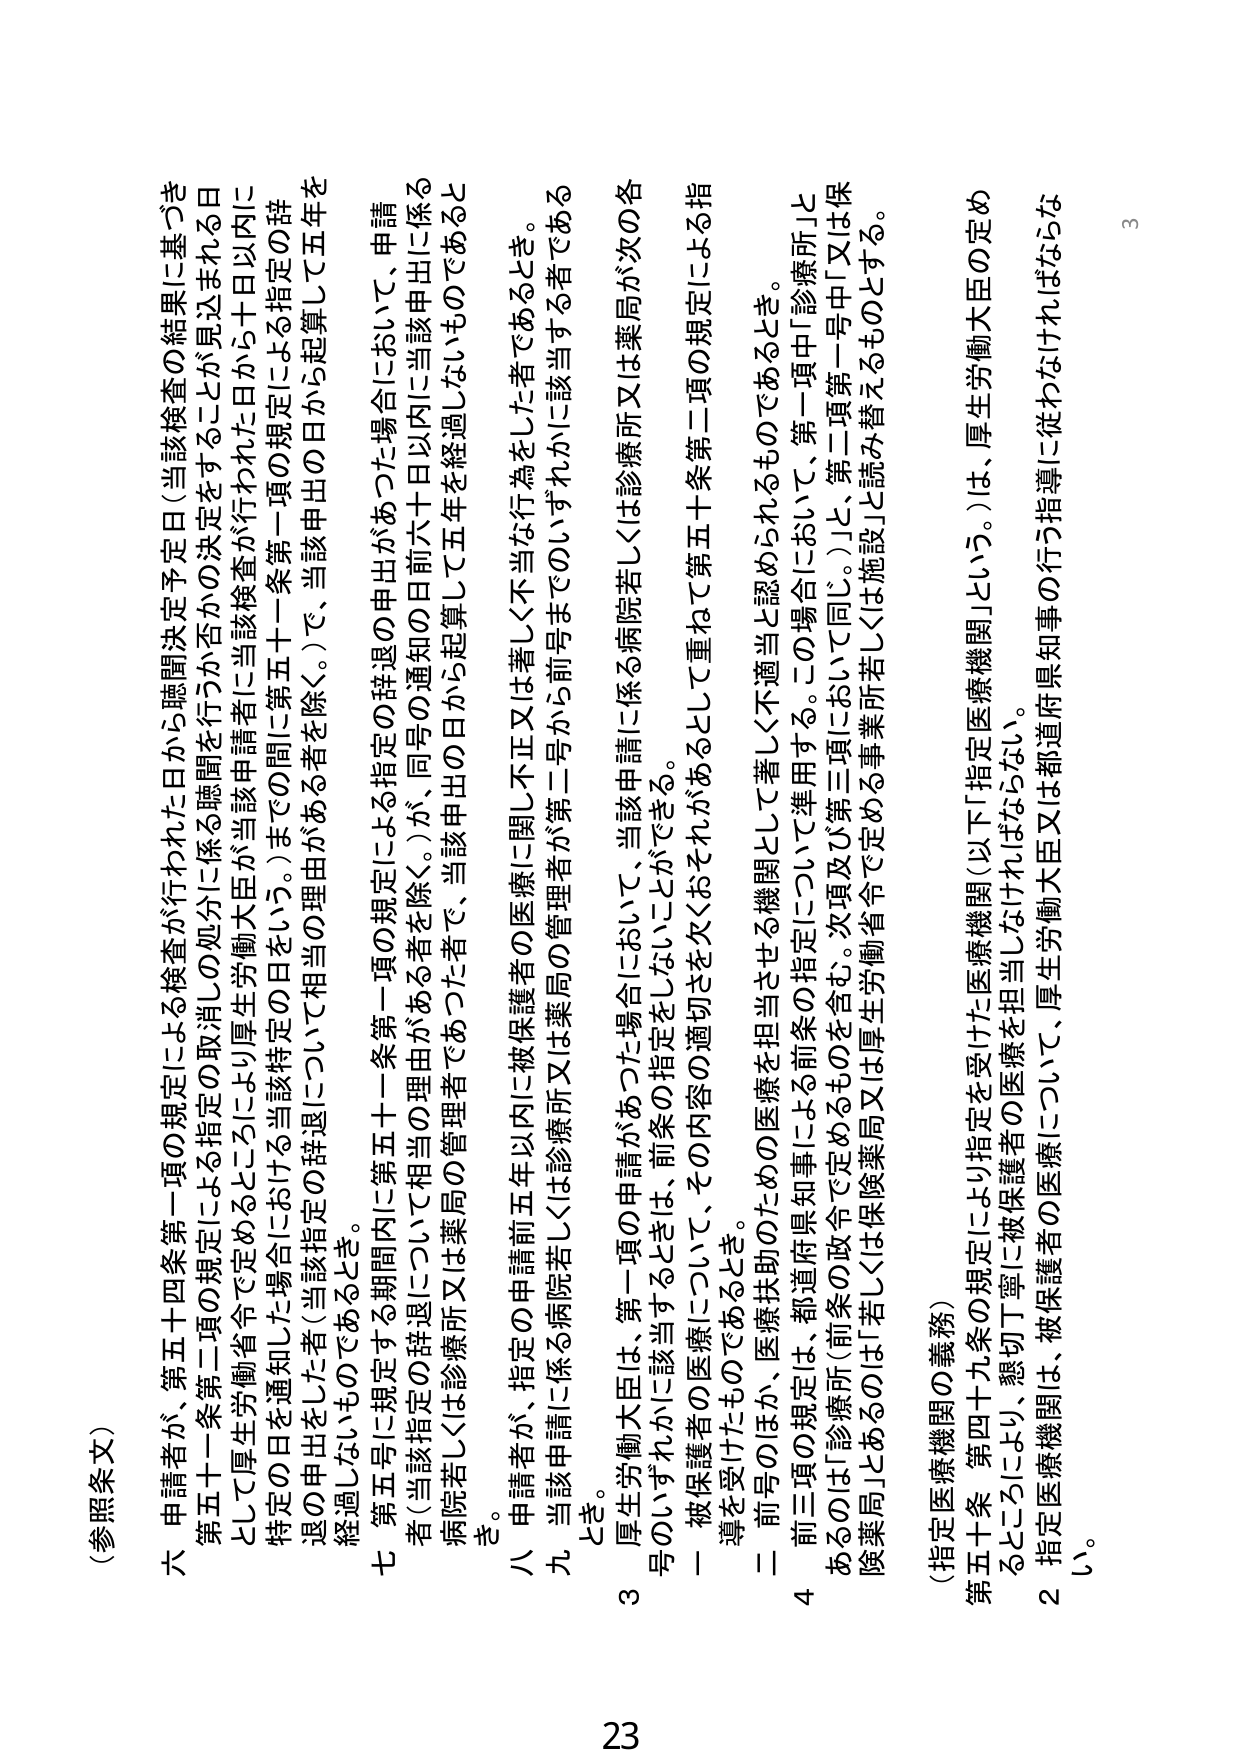
(参照条文)

六 申請者が、第五十四条第一項の規定による検査が行われた日から聴聞検査予定日（当該検査の結果に基づき
第五十一条第二項の規定による指定の取消しの処分に係る聴聞を行うか否かの決定をすることが見込まれる日
として厚生労働省令で定めるところにより厚生労働大臣が当該申請者に当該検査が行われた日から十日以内に
特定の日を通知した場合における当該特定の日をいう。）までの間に第五十一条第一項の規定による指定の辞
退の申出をした者（当該指定の辞退について相当の理由がある者を除く。）で、当該申出の日から起算して五年を
経過しないものであるとき。

七 第五号に規定する期間内に第五十一条第一項の規定による指定の辞退の申出があった場合において、申請
者（当該指定の辞退について相当の理由がある者を除く。）が、同号の通知の日前六十日以内に当該申出に係る
病院若しくは診療所又は薬局の管理者であった者で、当該申出の日から起算して五年を経過しないものであると
き。

八 申請者が、指定の申請前五年以内に被保険者の医療に関し不正又は著しく不当な行為をした者であるとき。

九 当該申請に係る病院若しくは診療所又は薬局の管理者が第二号から前号まででいずれかに該当する者である
とき。

３ 厚生労働大臣は、第一項の申請があった場合において、当該申請に係る病院若しくは診療所又は薬局が次の各
号のいずれかに該当するときは、前条の指定をしないことができる。
一 被保険者の医療について、その内容の適切さを欠くおそれがあるとして第五十条第二項の規定による指
導を受けたものであるとき。
二 前号のほか、医療扶助のための医療を担当させる機関として著しく不適当と認められるものであるとき。
４ 前三項の規定は、都道府県知事による前条の指定について準用する。この場合において、第一項「診療所」と
あるのは「診療所（前条の政令で定めるものを含む。次項及び第三項において同じ。）」と、第二項第一号中「又は保
険薬局」とあるのは「若しくは保険薬局又は厚生労働省令で定める事業所若しくは施設」と読み替えるものとする。

（指定医療機関の義務）

第五十条 第四十九条の規定により指定を受けた医療機関（以下「指定医療機関」という。）は、厚生労働大臣の定め
るところにより、懇切丁寧に被保険者の医療を担当しなければならない。

２ 指定医療機関は、被保険者の医療について、厚生労働大臣又は都道府県知事の行う指導に従わなければならな
い。

23
3